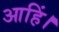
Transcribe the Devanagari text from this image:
आहिं।